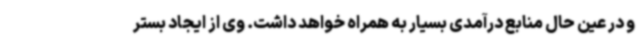
و در عین حال منابع درآمدی بسیار به همراه خواهد داشت. وی از ایجاد بستر